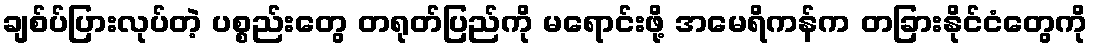
ချစ်ပ်ပြားလုပ်တဲ့ ပစ္စည်းတွေ တရုတ်ပြည်ကို မရောင်းဖို့ အမေရိကန်က တခြားနိုင်ငံတွေကို